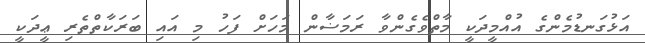
އަޅުގަނޑުމެންގެ އުއްމީދަކީ މާތްވެގެންވާ ރަމަޟާން މަހަށް ފަހު މި އައި ބަރަކާތްތެރި ޢީދަކީ